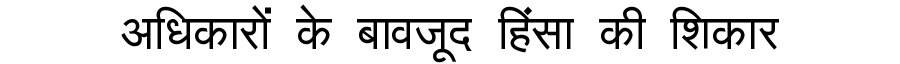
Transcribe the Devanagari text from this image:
अधिकारों के बावजूद हिंसा की शिकार